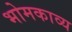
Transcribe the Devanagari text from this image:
भोमकाव्य